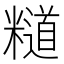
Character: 𥽌